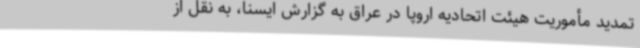
تمدید مأموریت هیئت اتحادیه اروپا در عراق به گزارش ایسنا، به نقل از